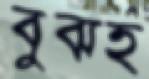
বুঝহ